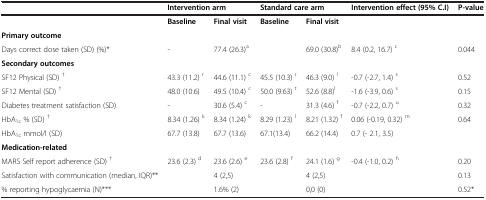
<table><thead><tr><td><b> </b></td><td colspan="2"><b>Intervention arm</b></td><td colspan="2"><b>Standard care arm</b></td><td><b>Intervention effect (95% C.I)</b></td><td><b>P-value</b></td></tr></thead><tbody><tr><td> </td><td><b>Baseline</b></td><td><b>Final visit</b></td><td><b>Baseline</b></td><td><b>Final visit</b></td><td> </td><td> </td></tr><tr><td><b>Primary outcome</b></td><td> </td><td> </td><td> </td><td> </td><td> </td><td> </td></tr><tr><td>Days correct dose taken (SD) (%)*</td><td>-</td><td>77.4 (26.3)<sup>a</sup></td><td> </td><td>69.0 (30.8)<sup>b</sup></td><td>8.4 (0.2, 16.7) <sup>c</sup></td><td>0.044</td></tr><tr><td><b>Secondary outcomes</b></td><td> </td><td> </td><td> </td><td> </td><td> </td><td> </td></tr><tr><td>SF12 Physical (SD) <sup>†</sup></td><td>43.3 (11.2) <sup>r</sup></td><td>44.6 (11.1) <sup>c</sup></td><td>45.5 (10.3) <sup>r</sup></td><td>46.3 (9.0) <sup>l</sup></td><td>-0.7 (-2.7, 1.4) <sup>s</sup></td><td>0.52</td></tr><tr><td>SF12 Mental (SD) <sup>†</sup></td><td>48.0 (10.6)</td><td>49.5 (10.4) <sup>c</sup></td><td>50.0 (9.63) <sup>t</sup></td><td>52.6 (8.8)<sup>l</sup></td><td>-1.6 (-3.9, 0.6) <sup>s</sup></td><td>0.15</td></tr><tr><td>Diabetes treatment satisfaction (SD)</td><td>-</td><td>30.6 (5.4) <sup>c</sup></td><td>-</td><td>31.3 (4.6) <sup>f</sup></td><td>-0.7 (-2.2, 0.7) <sup>u</sup></td><td>0.32</td></tr><tr><td>HbA<sub>1c</sub> % (SD) <sup>†</sup></td><td>8.34 (1.26) <sup>k</sup></td><td>8.34 (1.24) <sup>k</sup></td><td>8.29 (1.23) <sup>l</sup></td><td>8.21 (1.32) <sup>f</sup></td><td>0.06 (-0.19, 0.32) <sup>m</sup></td><td>0.64</td></tr><tr><td>HbA<sub>1c</sub> mmol/l (SD)</td><td>67.7 (13.8)</td><td>67.7 (13.6)</td><td>67.1(13.4)</td><td>66.2 (14.4)</td><td>0.7 (- 2.1, 3.5)</td><td> </td></tr><tr><td><b>Medication-related</b></td><td> </td><td> </td><td> </td><td> </td><td> </td><td> </td></tr><tr><td>MARS Self report adherence (SD) <sup>†</sup></td><td>23.6 (2.3) <sup>d</sup></td><td>23.6 (2.6) <sup>e</sup></td><td>23.6 (2.8) <sup>f</sup></td><td>24.1 (1.6) <sup>g</sup></td><td>-0.4 (-1.0, 0.2) <sup>h</sup></td><td>0.20</td></tr><tr><td>Satisfaction with communication (median, IQR)**</td><td> </td><td>4 (2,5)</td><td> </td><td>4 (2,5)</td><td> </td><td>0.13</td></tr><tr><td>% reporting hypoglycaemia (N)***</td><td> </td><td>1.6% (2)</td><td> </td><td>0,0 (0)</td><td> </td><td>0.52*</td></tr></tbody></table>